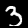
Digit: 3